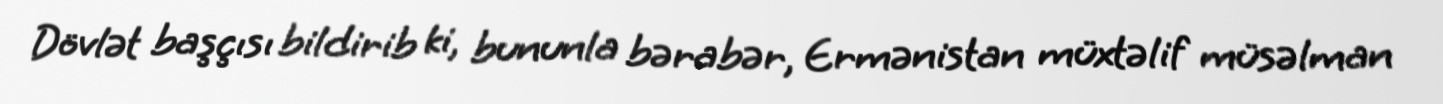
Dövlət başçısı bildirib ki, bununla bərabər, Ermənistan müxtəlif müsəlman